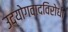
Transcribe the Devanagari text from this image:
उद्योगवादविरोधी